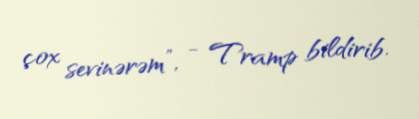
çox sevinərəm”, - Tramp bildirib.